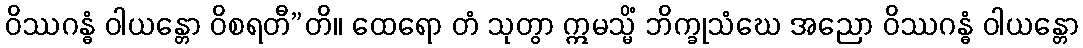
ဝိဿဂန္ဓံ ဝါယန္တော ဝိစရတီ”တိ။ ထေရော တံ သုတွာ ဣမသ္မိံ ဘိက္ခုသံဃေ အညော ဝိဿဂန္ဓံ ဝါယန္တော